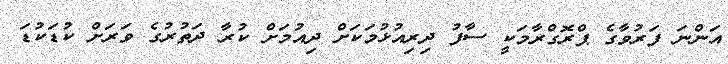
އަންނަ ފަރުވާގެ ޕްރޮގްރާމަކީ ސާފު ދިރިއުޅުމަކަށް ދިއުމަށް ކުރާ ދަތުރުގެ ވަރަށް ކުޑަކުޑަ